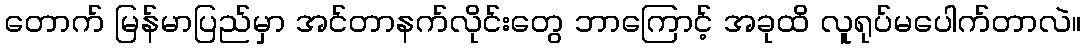
တောက် မြန်မာပြည်မှာ အင်တာနက်လိုင်းတွေ ဘာကြောင့် အခုထိ လူရုပ်မပေါက်တာလဲ။